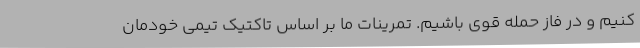
کنیم و در فاز حمله قوی باشیم. تمرینات ما بر اساس تاکتیک تیمی خودمان